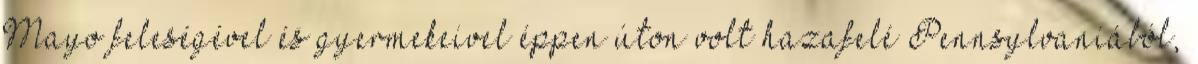
Mayo feleségével és gyermekeivel éppen úton volt hazafelé Pennsylvaniából,